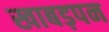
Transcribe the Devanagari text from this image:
खाबड़पन